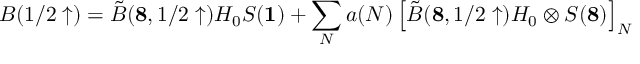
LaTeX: B ( 1 / 2 \uparrow ) = \tilde { B } ( { \bf 8 } , 1 / 2 \uparrow ) H _ { 0 } S ( { \bf 1 } ) + \sum _ { N } a ( N ) \left[ \tilde { B } ( { \bf 8 } , 1 / 2 \uparrow ) H _ { 0 } \otimes S ( { \bf 8 } ) \right] _ { N }